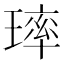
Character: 㻭